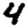
Digit: 4